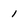
Character: 1